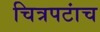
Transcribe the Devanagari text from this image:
चित्रपटांच